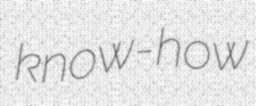
know-how